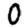
Digit: 0